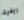
ريفية